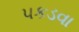
પકડવા